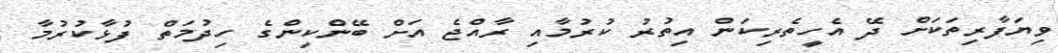
ވިޔަފާރިތަކަށް ދޭ އެހީތެރިކަން އިތުރު ކުރުމާއި ރާއްޖެ އަށް ބޭންކިންގެ ހިދުމަތް ފުޅާކުރުމާ